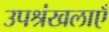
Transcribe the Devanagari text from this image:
उपश्रंखलाएँ